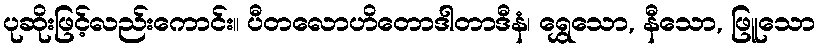
ပုဆိုးဖြင့်လည်းကောင်း။ ပီတလောဟိတောဒါတာဒီနံ၊ ရွှေသော, နီသော, ဖြူသော